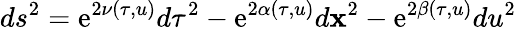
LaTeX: ds^{2}=\mathrm{e}^{2\nu(\tau,u)}d\tau^{2}-\mathrm{e}^{2\alpha(\tau,u)}d{\mathbf{x}}^{2}-\mathrm{e}^{2\beta(\tau,u)}du^{2}